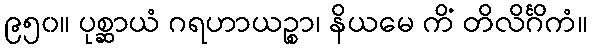
၉၅၀။ ပုစ္ဆာယံ ဂရဟာယဉ္စာ၊ နိယမေ ကိံ တိလိင်္ဂိကံ။